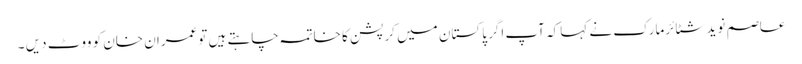
عاصم نوید شٹائرمارک نے کہا کہ آپ اگر پاکستان میں کرپشن کا خاتمہ چاہتے ہیں توعمران خان کو ووٹ دیں ۔